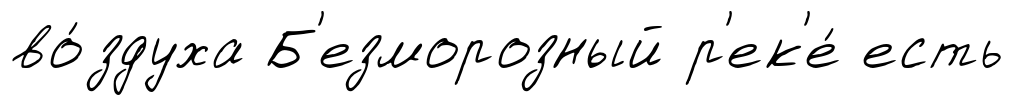
во́здуха Б'езморозный р'ек'е́ есть